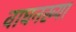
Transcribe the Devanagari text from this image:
वाघनख्या